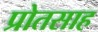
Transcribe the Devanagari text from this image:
प्रोतसाह